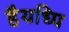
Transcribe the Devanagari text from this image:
हैयध्पि